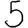
Digit: 5